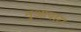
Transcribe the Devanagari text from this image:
नुआपारा